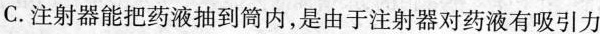
C.注射器能把药液抽到筒内，是由于注射器对药液有吸引力